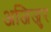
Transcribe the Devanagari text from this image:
अजिजुर